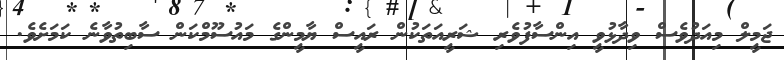
ޖަމީލް މިއަދުވެސް ވިދާޅުވީ އިންސާފުވެރި ޝަރީއަތަކުން ރައީސް ޔާމީންގެ މައުސޫމްކަން ސާބިތުވާނެ ކަމަށެވެ.